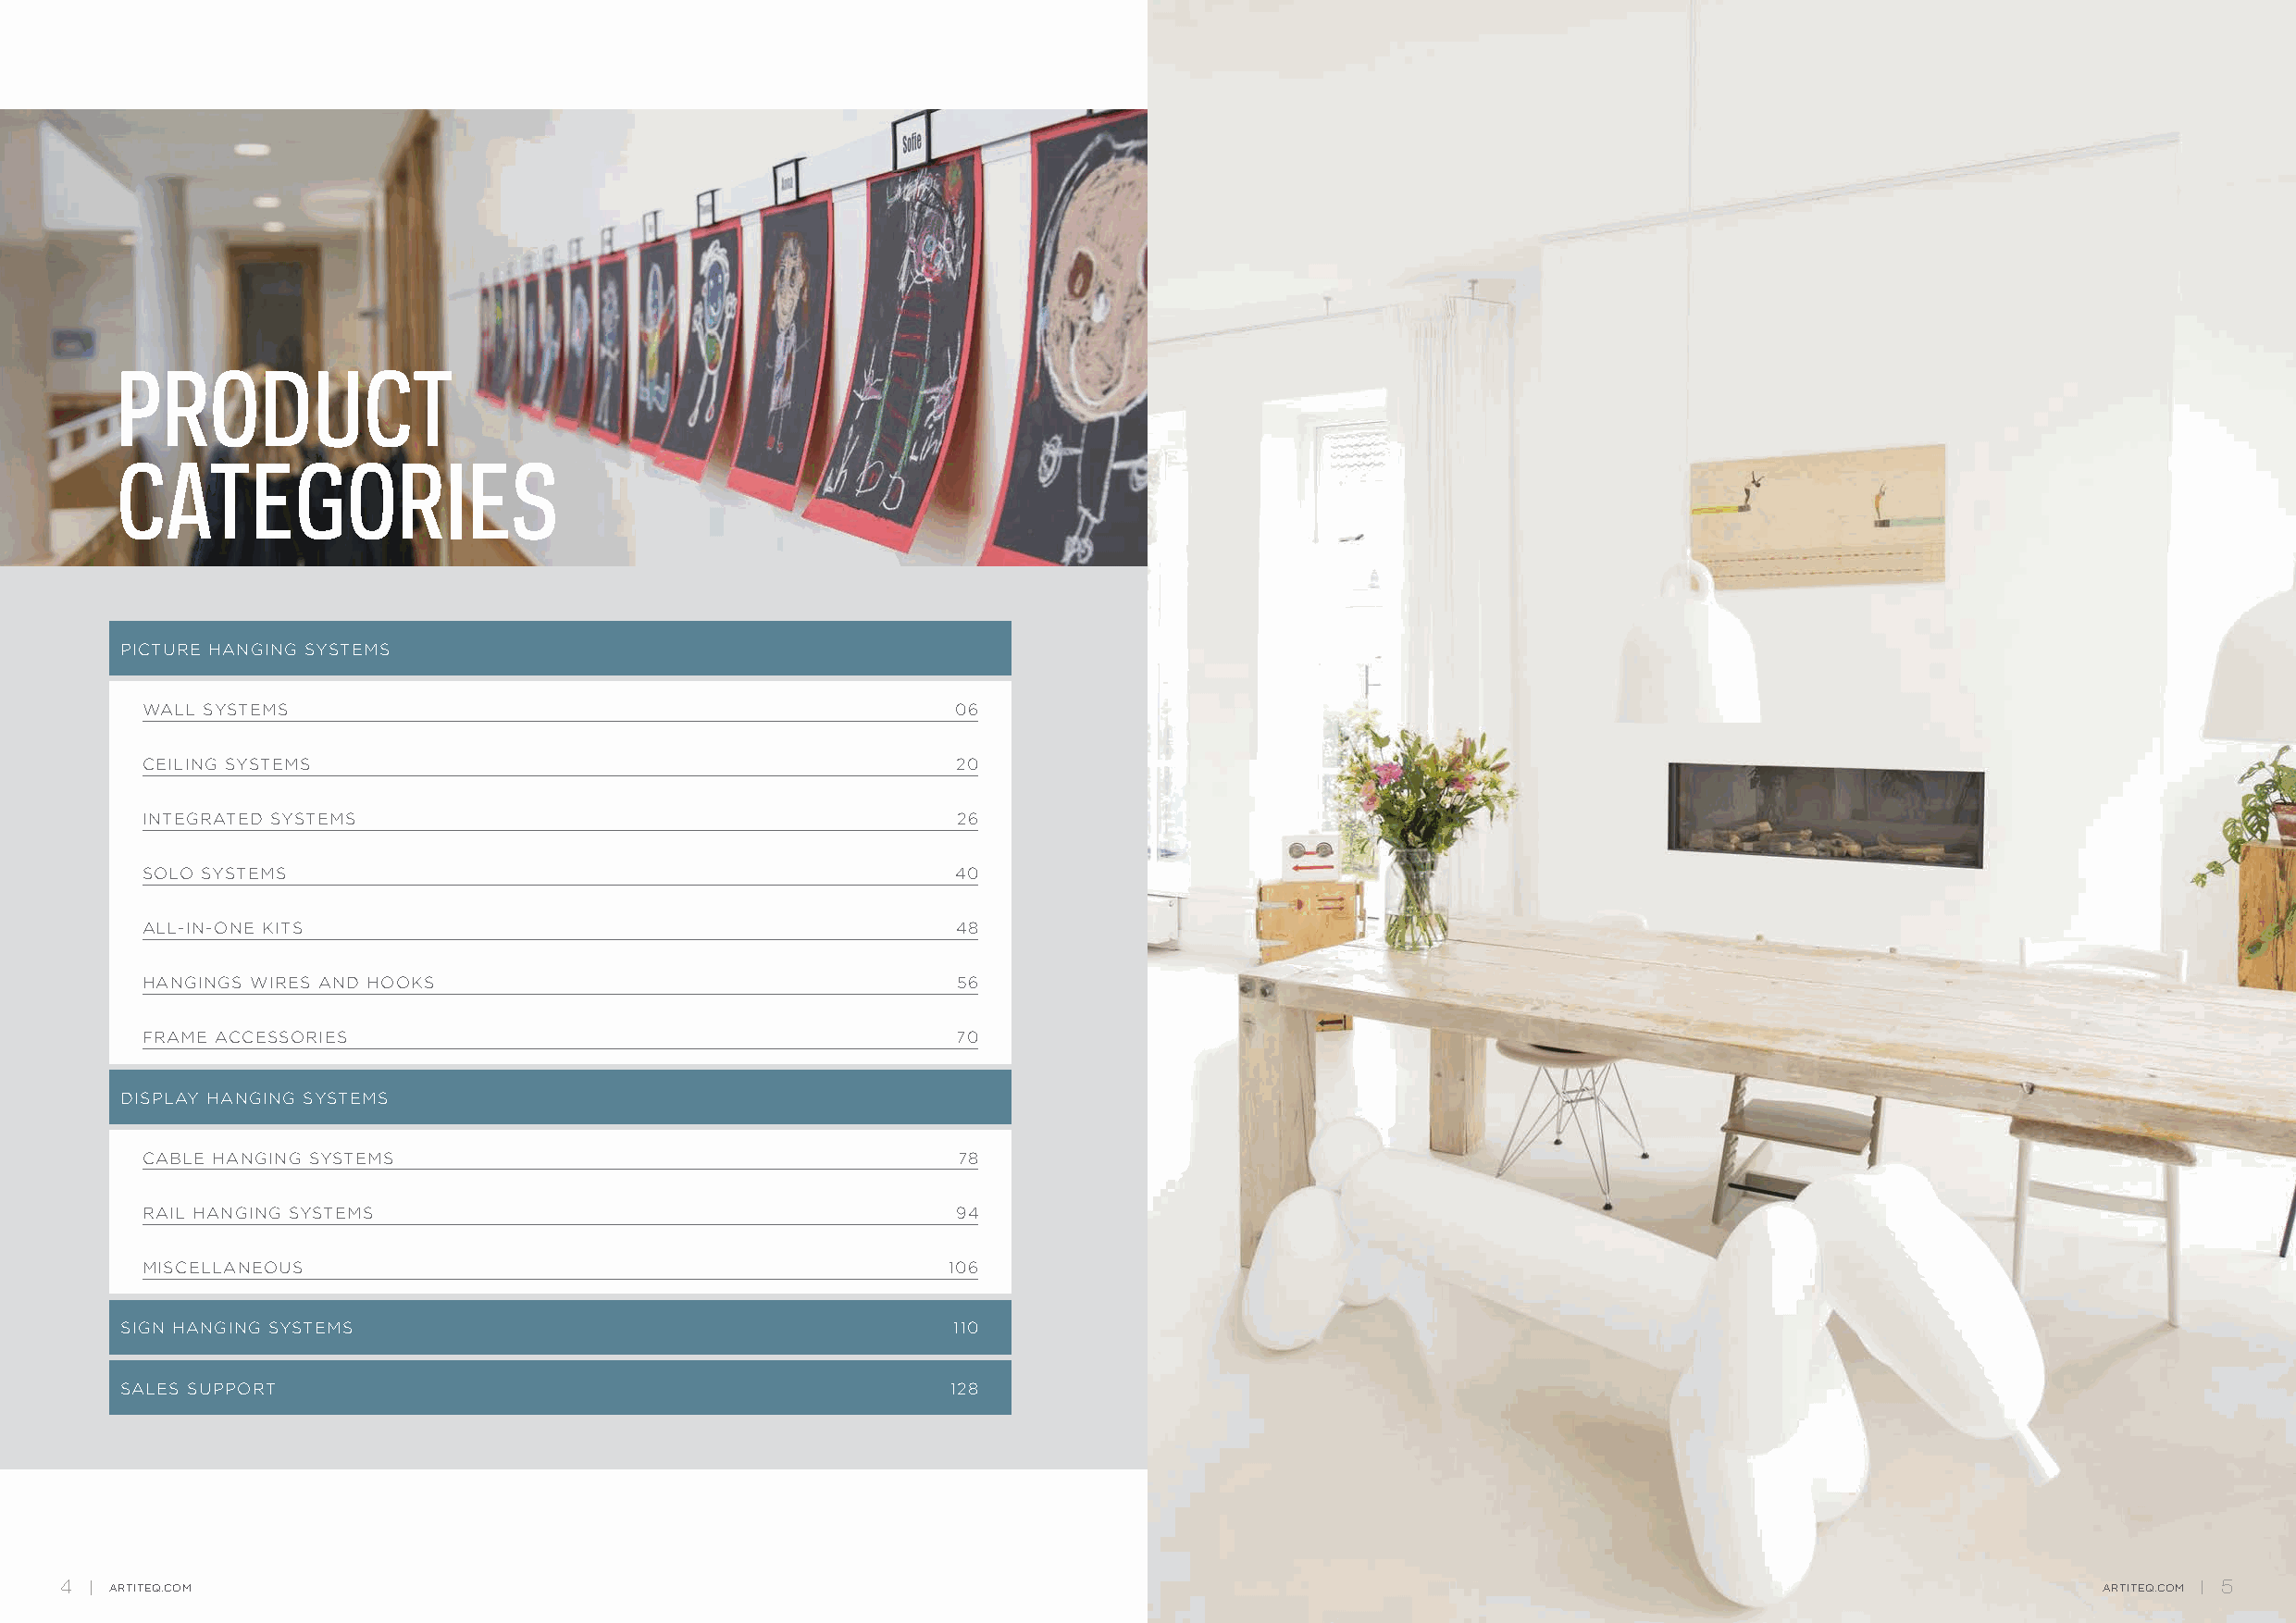
PRODUCT
 CATEGORIES
 PICTURE HANGING SYSTEMS
 WALL SYSTEMS                                              06
 CEILING SYSTEMS                                           20
 INTEGRATED SYSTEMS                                        26
 SOLO SYSTEMS                                              40
 ALL-IN-ONE KITS                                           48
 HANGINGS WIRES AND HOOKS                                  56
 FRAME ACCESSORIES                                         70
 DISPLAY HANGING SYSTEMS
 CABLE HANGING SYSTEMS                                     78
 RAIL HANGING SYSTEMS                                      94
 MISCELLANEOUS                                             106
 SIGN HANGING SYSTEMS                                       110
 SALES SUPPORT                                              128
 4   ARTITEQ.COM                                                                                                                                   ARTITEQ.COM 5